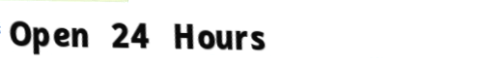
Open 24 Hours